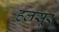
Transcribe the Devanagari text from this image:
हलसूर